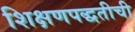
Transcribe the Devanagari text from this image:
शिक्षणपद्धतीची